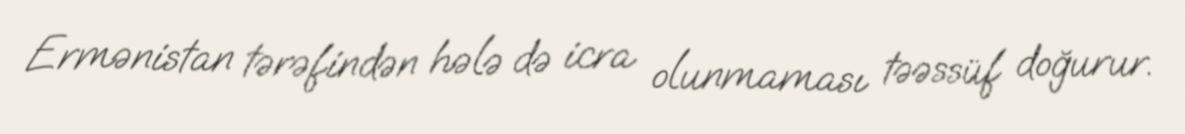
Ermənistan tərəfindən hələ də icra olunmaması təəssüf doğurur.